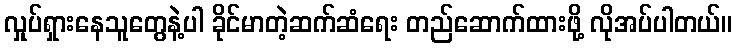
လှုပ်ရှားနေသူတွေနဲ့ပါ ခိုင်မာတဲ့ဆက်ဆံရေး တည်ဆောက်ထားဖို့ လိုအပ်ပါတယ်။